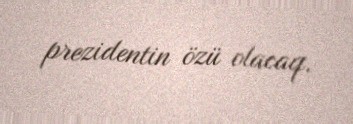
prezidentin özü olacaq.